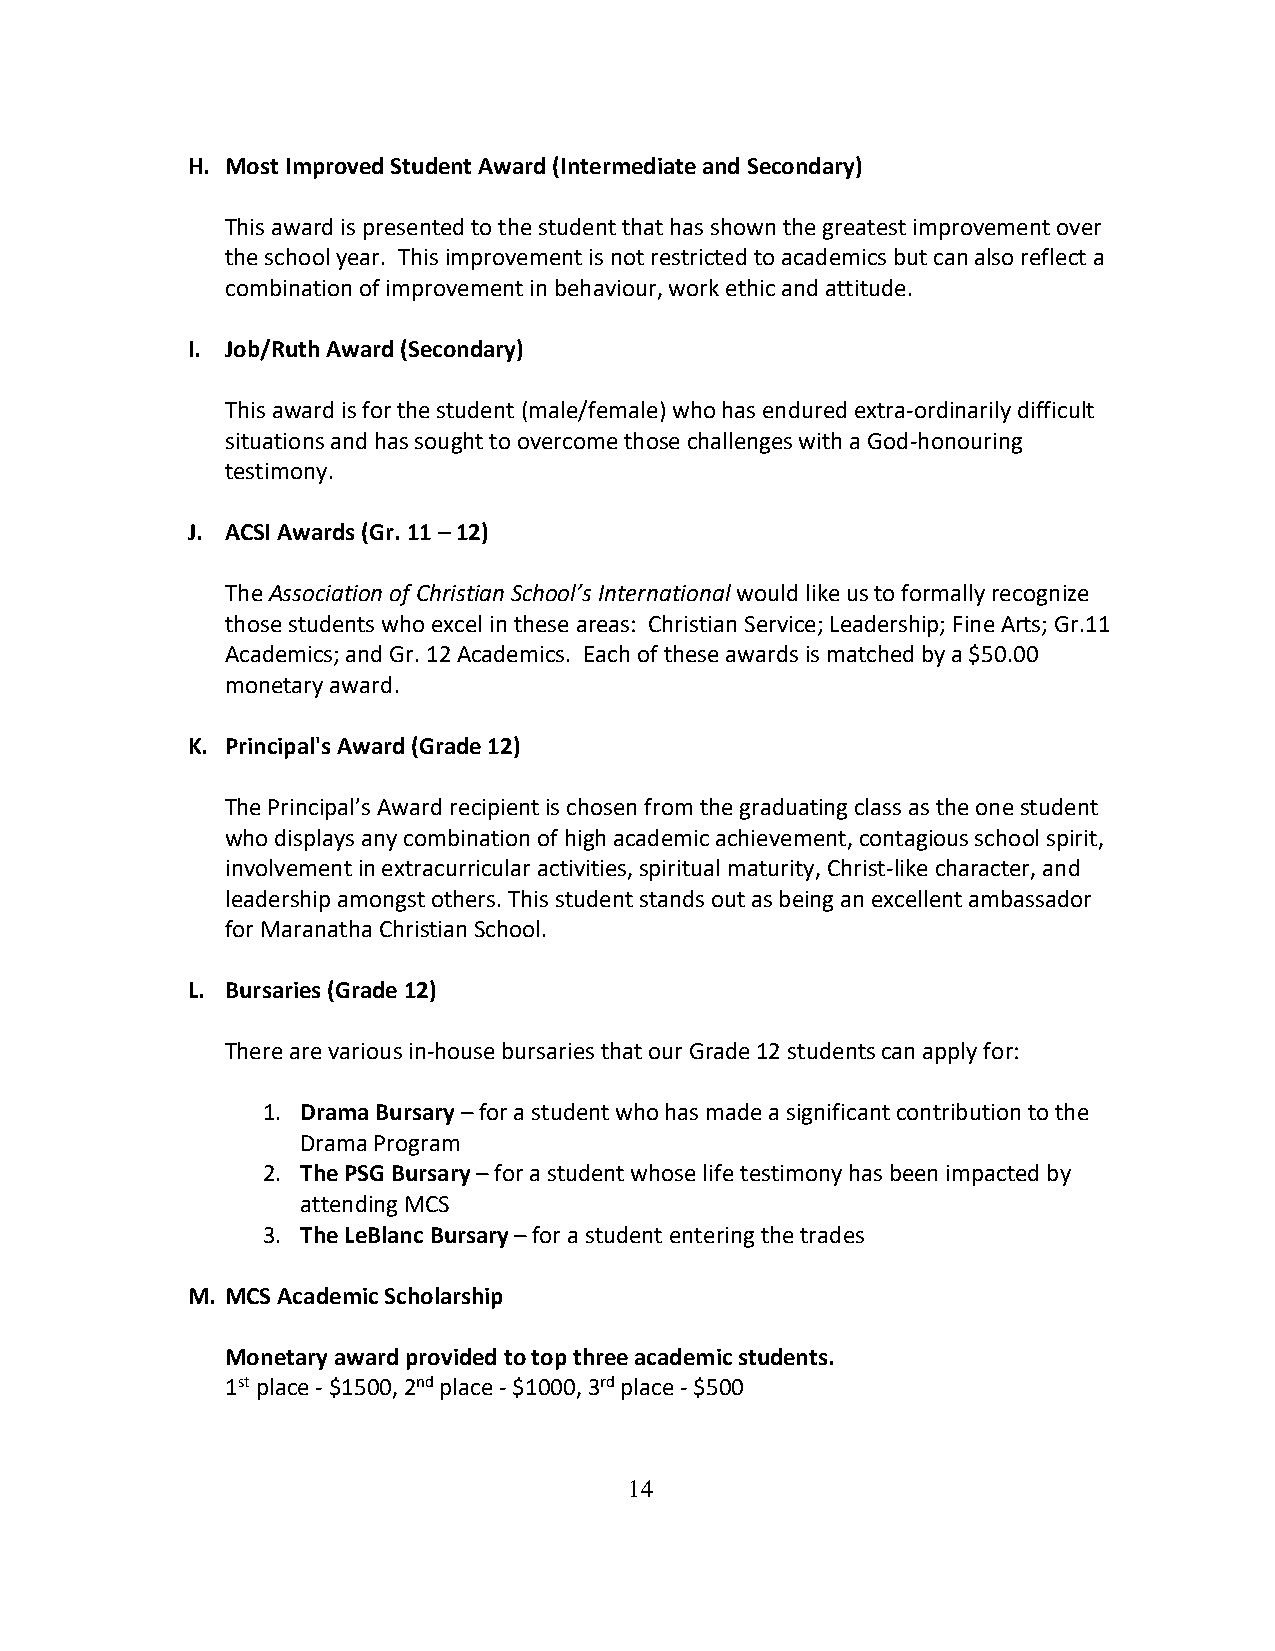
H. Most Improved Student Award (Intermediate and Secondary)
 This award is presented to the student that has shown the greatest improvement over
 the school year. This improvement is not restricted to academics but can also reflect a
 combination of improvement in behaviour, work ethic and attitude.
 I. Job/Ruth Award (Secondary)
 This award is for the student (male/female) who has endured extra-ordinarily difficult
 situations and has sought to overcome those challenges with a God-honouring
 testimony.
 J. ACSI Awards (Gr. 11 – 12)
 The Association of Christian School’s International would like us to formally recognize
 those students who excel in these areas: Christian Service; Leadership; Fine Arts; Gr.11
 Academics; and Gr. 12 Academics. Each of these awards is matched by a $50.00
 monetary award.
 K. Principal's Award (Grade 12)
 The Principal’s Award recipient is chosen from the graduating class as the one student
 who displays any combination of high academic achievement, contagious school spirit,
 involvement in extracurricular activities, spiritual maturity, Christ-like character, and
 leadership amongst others. This student stands out as being an excellent ambassador
 for Maranatha Christian School.
 L. Bursaries (Grade 12)
 There are various in-house bursaries that our Grade 12 students can apply for:
 1. Drama Bursary – for a student who has made a significant contribution to the
 Drama Program
 2. The PSG Bursary – for a student whose life testimony has been impacted by
 attending MCS
 3. The LeBlanc Bursary – for a student entering the trades
 M. MCS Academic Scholarship
 Monetary award provided to top three academic students.
 1st place - $1500, 2nd place - $1000, 3rd place - $500
 14